Indian journal of veterinary science and animal husbandry - Volumes 18-21, 1948-1951
Year: 1948
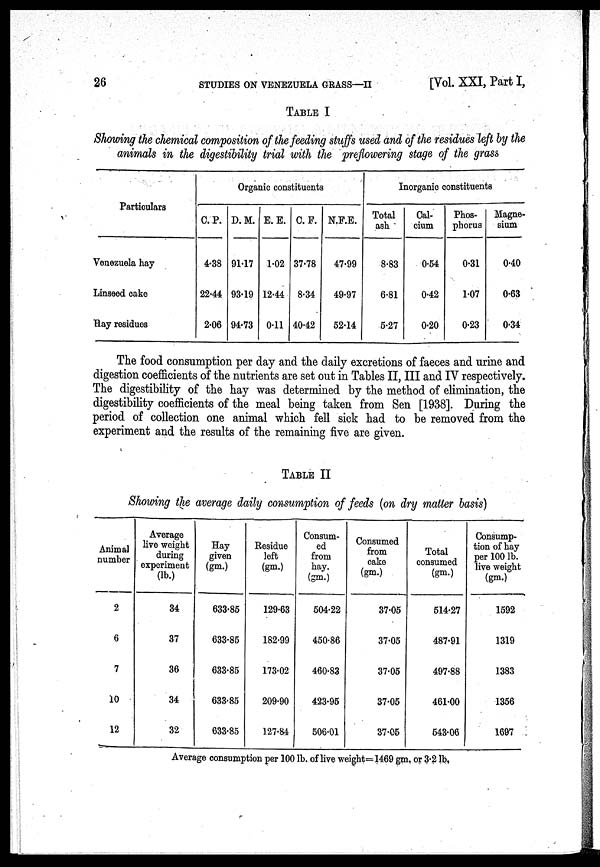
26
STUDIES ON VENEZUELA GRASS—II
[Vol. XXI, Part I,
TABLE I
Showing the chemical composition of the feeding stuffs used and of the residues left by the
animals in the digestibility trial with the preflowering stage of the grass
Particulars
Venezuela hay
Linseed cake
Hay residues
Organic constituents
C. P.
4.38
22.44
2.06
D. M.
91.17
93.19
94.73
E. E.
1.02
12.44
0.11
C. F.
37.78
8.34
40.42
N.F.E.
47.99
49.97
52.14
Inorganic constituents
Total
ash
8.83
6.81
5.27
Cal-
cium
0.54
0.42
0.20
Phos-
phorus
0.31
1.07
0.23
Magne-
sium
0.40
0.63
0.34
The food consumption per day and the daily excretions of faeces and urine and
digestion coefficients of the nutrients are set out in Tables II, III and IV respectively.
The digestibility of the hay was determined by the method of elimination, the
digestibility coefficients of the meal being taken from Sen [1938]. During the
period of collection one animal which fell sick had to be removed from the
experiment and the results of the remaining five are given.
TABLE II
Showing the average daily consumption of feeds (on dry matter basis)
Animal
number
2
6
7
10
12
Average
live weight
during
experiment
(lb.)
34
37
36
34
32
Hay
given
(gm.)
633.85
633.85
633.85
633.85
633.85
Residue
left
(gm.)
129.63
182.99
173.02
209.90
127.84
Consum-
ed
from
hay.
(gm.)
504.22
450.86
460.83
423.95
506.01
Consumed
from
cake
(gm.)
37.05
37.05
37.05
37.05
37.05
Total
consumed
(gm.)
514.27
487.91
497.88
461.00
543.06
Consump-
tion of hay
per 100 lb.
live weight
(gm.)
1592
1319
1383
1356
1697
Average consumption per 100 lb. of live weight=1469 gm. or 3.2 lb,